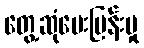
တွေ့ဆုံမေးမြန်းမှု